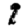
Digit: 1